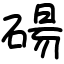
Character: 碭